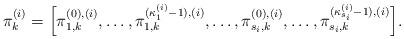
LaTeX: \begin{align*}\pi_k^{(i)}=\Big[\pi^{(0),(i)}_{1,k},\dots, \pi^{(\kappa^{(i)}_1-1),(i)}_{1,k},\dots,\pi^{(0),(i)}_{s_i,k},\dots,\pi^{(\kappa_{s_i}^{(i)}-1),(i)}_{s_i,k}\Big].\end{align*}